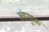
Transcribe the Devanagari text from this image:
अंडरहुक